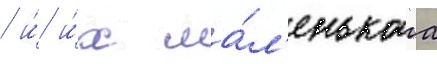
/ и́ и́х ма́л'енькаа